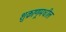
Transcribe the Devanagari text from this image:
शुक्राणूमधील